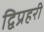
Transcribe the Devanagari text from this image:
द्विप्रहरी